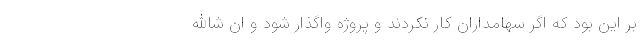
بر این بود که اگر سهامداران کار نکردند و پروژه واگذار شود و ان شاالله